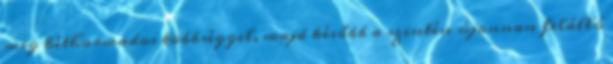
meg kétharmados többséggel, majd később a szintén újonnan felálló